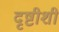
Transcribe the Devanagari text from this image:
दृष्टीशी